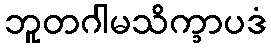
ဘူတဂါမသိက္ခာပဒံ